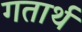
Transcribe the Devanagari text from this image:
गतार्थ